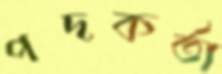
পদকর্তা